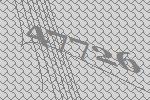
47726